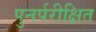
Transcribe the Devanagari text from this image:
पुनर्परीक्षित